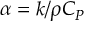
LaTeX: \alpha = { k / \rho C _ { P } }